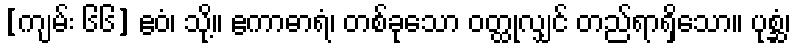
[ကျမ်း ၆၆] ဧဝံ၊ သို့။ ဧကာဓာရံ၊ တစ်ခုသော ဝတ္ထုလျှင် တည်ရာရှိသော။ ပုစ္ဆံ၊